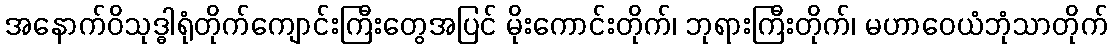
အနောက်ဝိသုဒ္ဓါရုံတိုက်ကျောင်းကြီးတွေအပြင် မိုးကောင်းတိုက်၊ ဘုရားကြီးတိုက်၊ မဟာဝေယံဘုံသာတိုက်